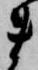
ま